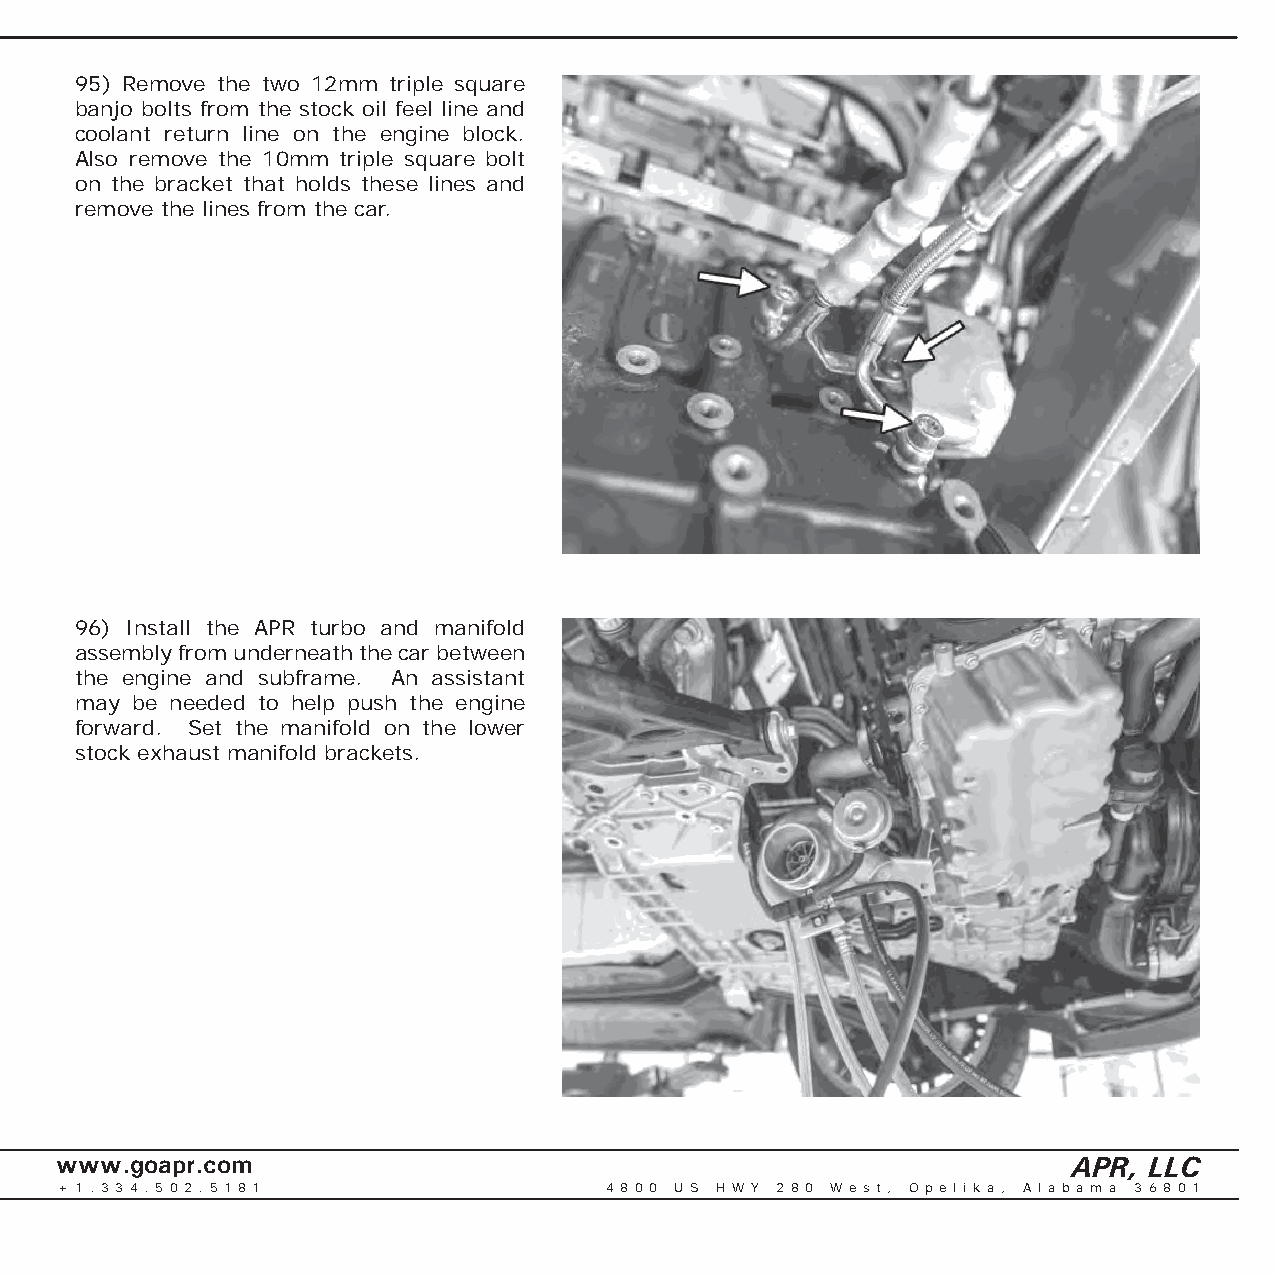
95) Remove the two 12mm triple square
 banjo bolts from the stock oil feel line and
 coolant return line on the engine block.
 Also remove the 10mm triple square bolt
 on the bracket that holds these lines and
 remove the lines from the car.
 96) Install the APR turbo and manifold
 assembly from underneath the car between
 the engine and subframe. An assistant
 may be needed to help push the engine
 forward. Set the manifold on the lower
 stock exhaust manifold brackets.
 www.goapr.com                                                      APR, LLC
 + 1 . 3 3 4 . 5 0 2 . 5 1 8 1       4 8 0 0 U S H W Y 2 8 0 We s t , O p e l i k a , A l a b a m a 3 6 8 0 1